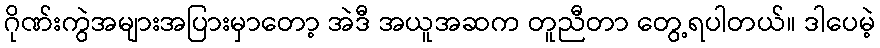
ဂိုဏ်းကွဲအများအပြားမှာတော့ အဲဒီ အယူအဆက တူညီတာ တွေ့ရပါတယ်။ ဒါပေမဲ့